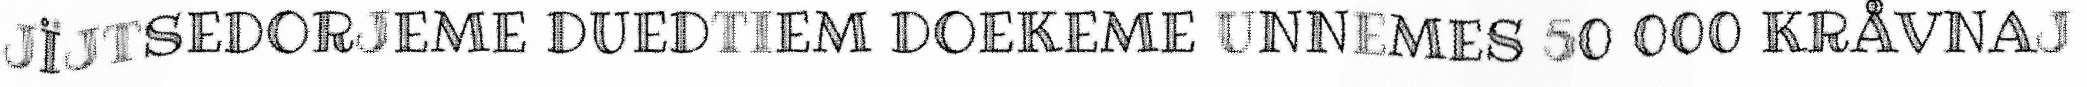
JÏJTSEDORJEME DUEDTIEM DOEKEME UNNEMES 50 000 KRÅVNAJ